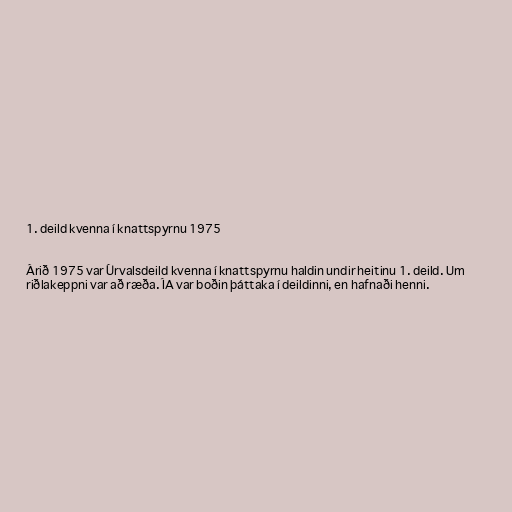
1. deild kvenna í knattspyrnu 1975

Árið 1975 var Úrvalsdeild kvenna í knattspyrnu haldin undir heitinu 1. deild. Um
riðlakeppni var að ræða. ÍA var boðin þáttaka í deildinni, en hafnaði henni.